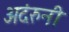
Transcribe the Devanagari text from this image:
अदंरुनी